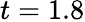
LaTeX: t=1.8